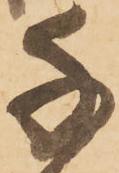
千